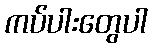
ကပ်ပါးတွေပါ